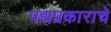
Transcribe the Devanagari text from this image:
पद्यप्रकाराचे